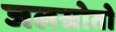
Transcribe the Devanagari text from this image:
जलस्रोतो